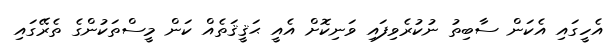
އެހީގައި އެކަން ސާބިތު ނުކުރެވިފައި ވަނިކޮށް އެއީ ޙަޤީޤަތެއް ކަން މީސްތަކުންގެ ތެރޭގައި